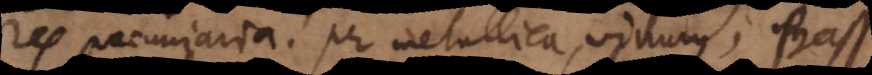
Res pecuniaria, per metallica, vinum; Bassette.